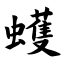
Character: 蠖